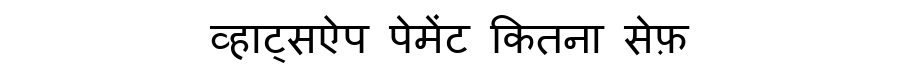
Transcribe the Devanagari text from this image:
व्हाट्सऐप पेमेंट कितना सेफ़